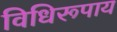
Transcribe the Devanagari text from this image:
विधिरूपाय